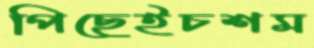
পিছেইচশম